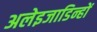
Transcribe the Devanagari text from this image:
अलेइजाडिन्हों